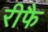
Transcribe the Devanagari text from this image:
रीफै